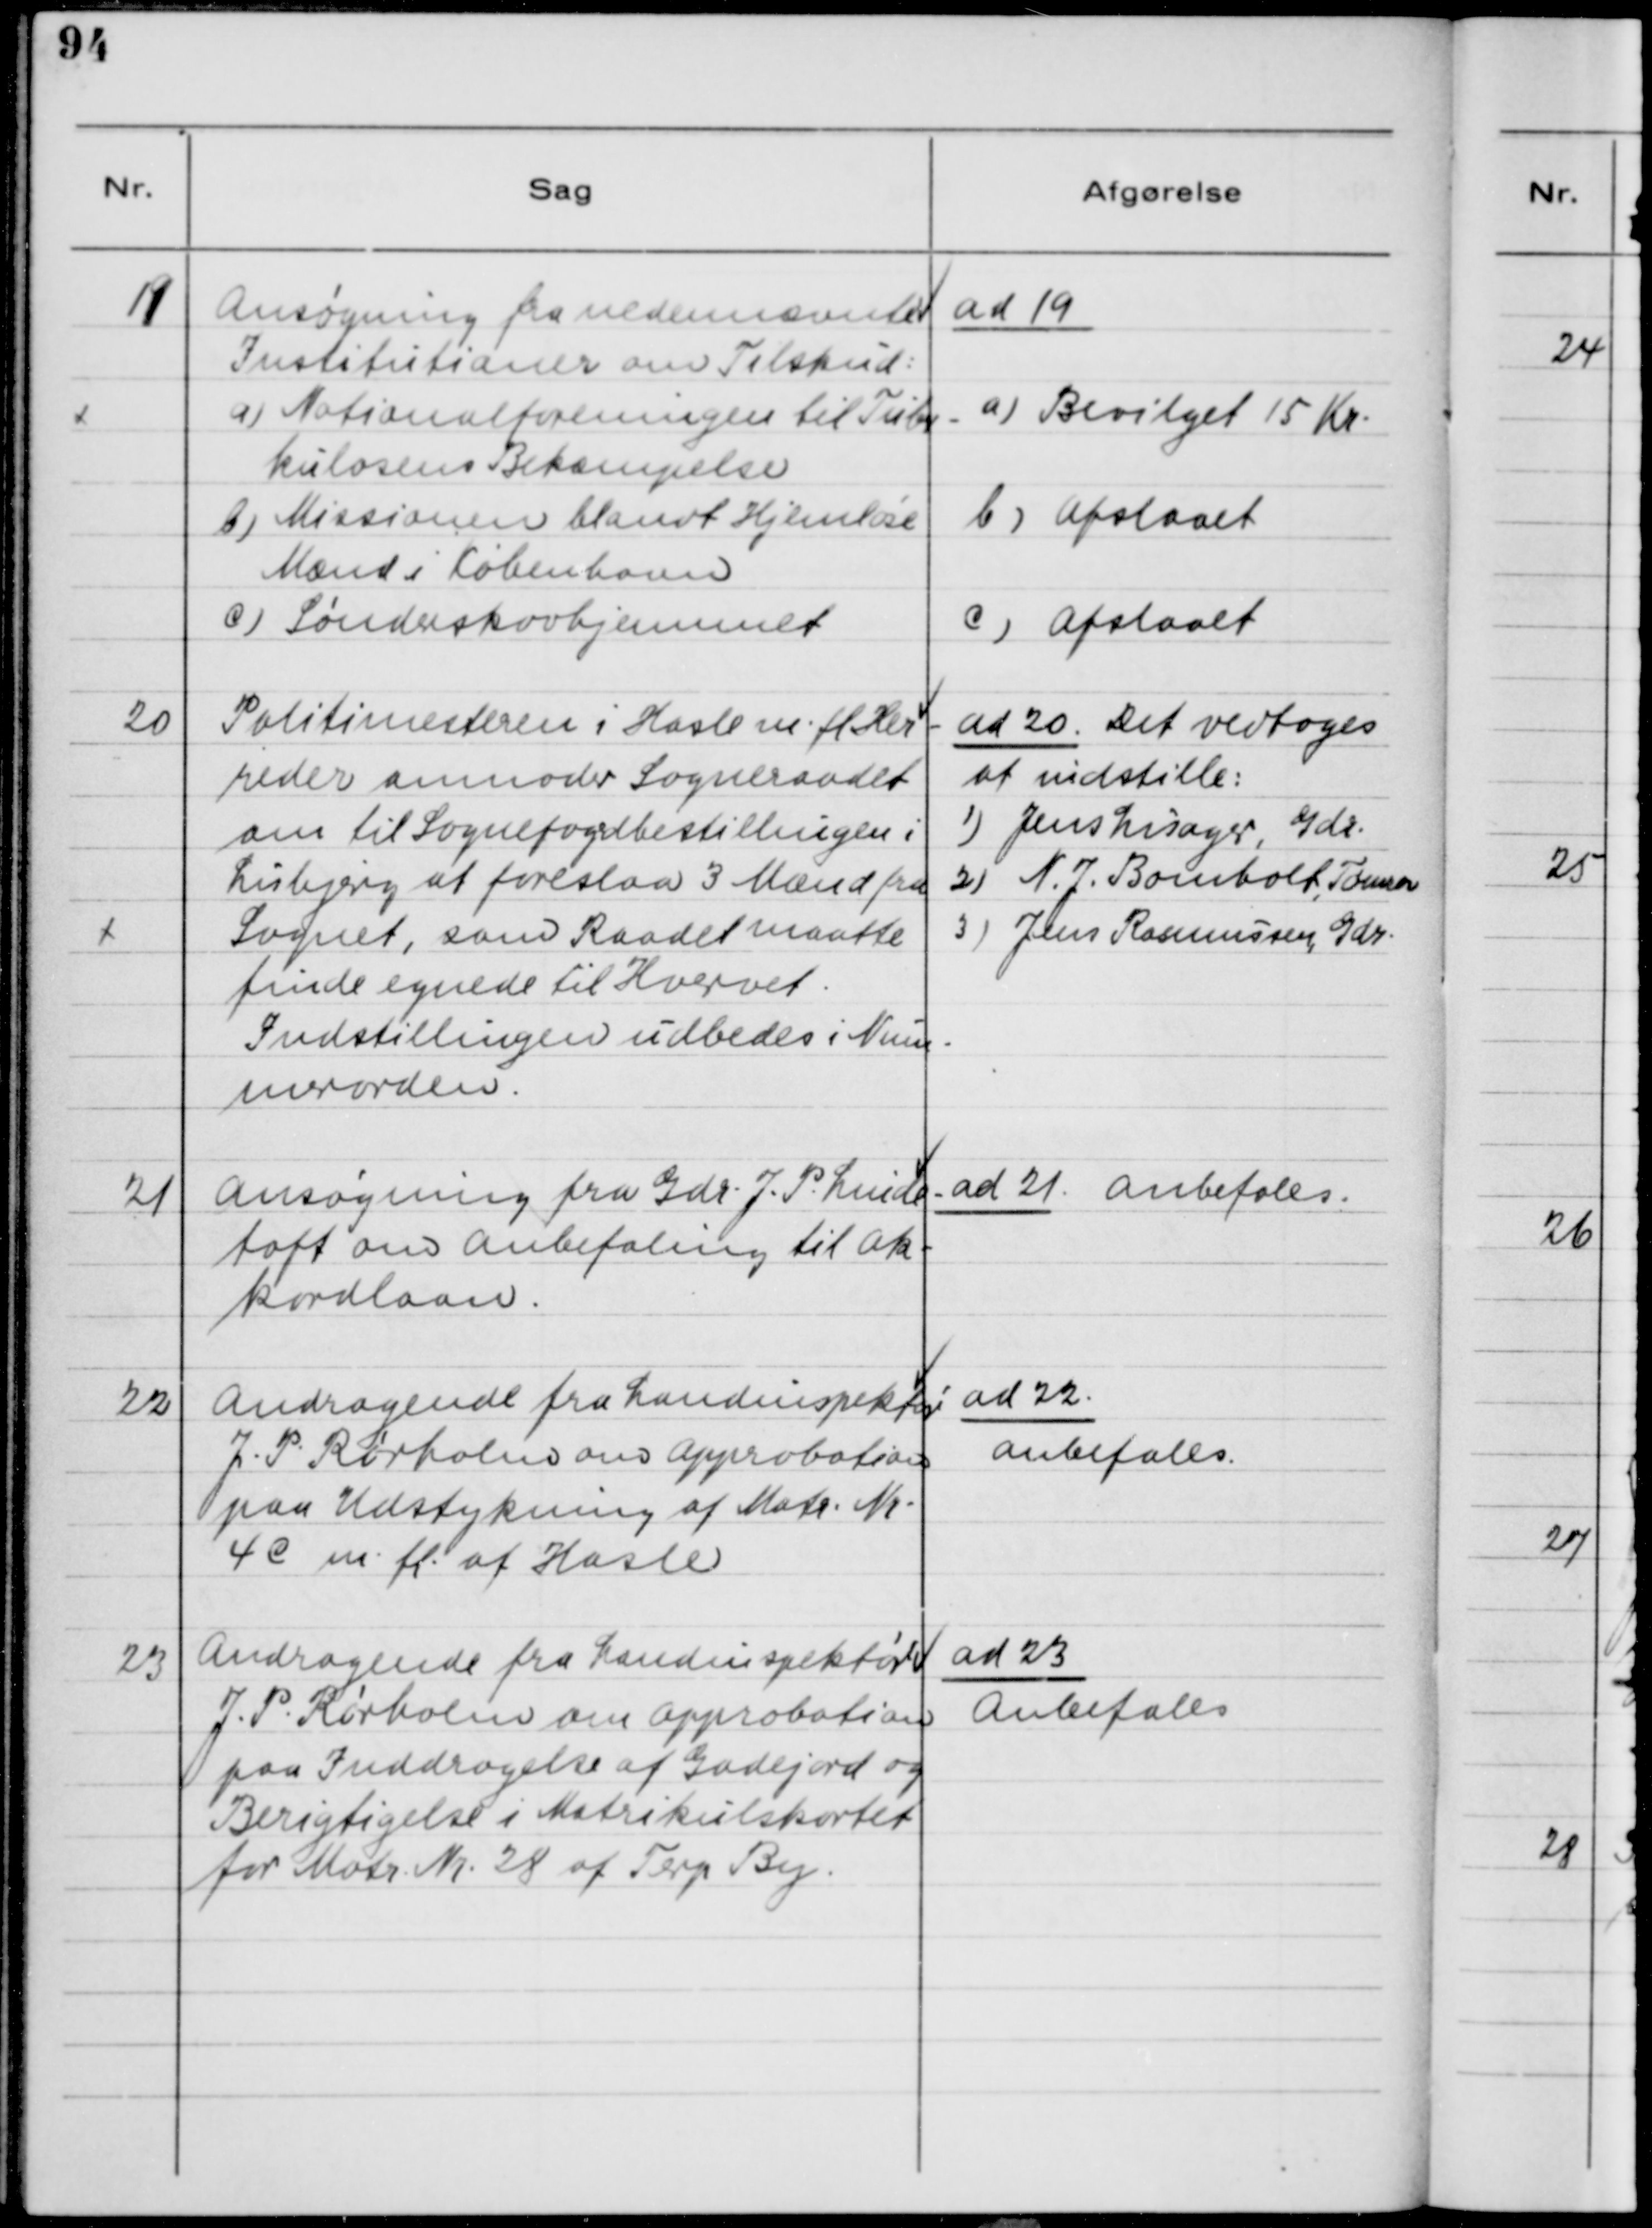
Transskription:
19

Ansøgning fra nedennævnte 
Institutioner om Tilskud:
a) Nationalforeningen til Tuber
kulosens Bekæmpelse
b) Missionen blandt Hjemløse
Mænd i København
c) Sønderskovhjemmet

ad 19
a)Bevilget 15 Kr.
b) Afslaaet
c) Afslaaet

20

Politimesteren i Hasle m.fl. Her
reder anmoder Sogneraadet
om til Sognefogedbestillingen i
Lisbjerg at foreslaa 3 Mænd fra
Sognet, som Raadet maatte
finde egnede til Hvervet.
Indstillingen udbedes i Num-
merorden.

ad 20 Det vedtoges
at indstille:
1) Jens Lisager, Gdr.
2) N. J. Bomholt, Tømrer
3) Jens Rasmussen, Gdr.

21

Ansøgning fra Gdr. J. P. Lunde
toft om Anbefaling til Ak-
kordlaan

ad 21 Anbefales

22

Andragende fra Landinspektør
J. P. Rørholm om Approbation
paa Udstykning af Matr. Nr.
4e m.fl. af Hasle

ad 22
Anbefales

23

Andragende fra Landinspektør 
J. P. Rørholm om Approbation 
paa Inddragelse af Gadejord og
Berigtigelse i Matrikulskortet 
for Matr. Nr. 28 af Terp By.

ad 23
Anbefales